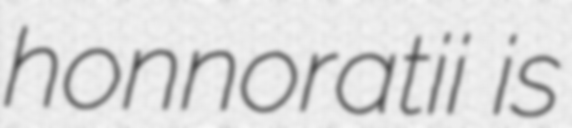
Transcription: honnoratii is